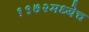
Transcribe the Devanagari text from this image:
१९७२मध्येच